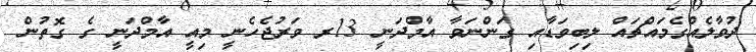
ދުވާލެއްގެމައްޗައް ލިބިވަޑާއި ގަންނަވާ އާމްދަނީ 13ރ ވަރުޖެހެނީ މިއީ އާމްދަނީ ގެ ގޮތުން